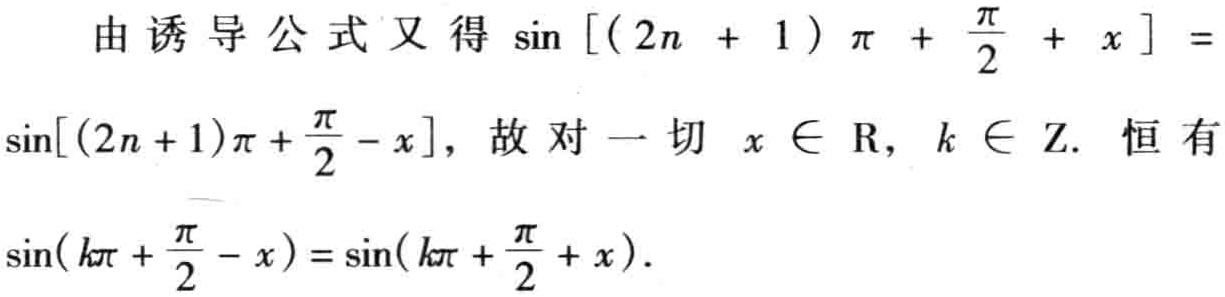
由诱导公式又得\(\sin[(2n + 1)\pi+\frac{\pi}{2}+x] =\sin[(2n + 1)\pi+\frac{\pi}{2}-x]\)，故对一切\(x\in\mathrm{R}\)，\(k\in\mathrm{Z}\). 恒有\(\sin(k\pi+\frac{\pi}{2}-x)=\sin(k\pi+\frac{\pi}{2}+x)\).